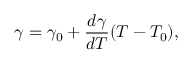
\gamma = \gamma _ { 0 } + \frac { d \gamma } { d T } ( T - T _ { 0 } ) ,